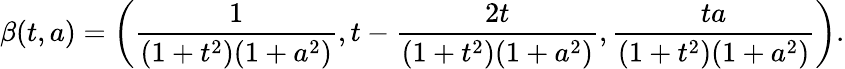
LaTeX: \beta(t,a)=\left({\frac{1}{(1+t^{2})(1+a^{2})}},t-{\frac{2t}{(1+t^{2})(1+a^{2})}},{\frac{ta}{(1+t^{2})(1+a^{2})}}\right).